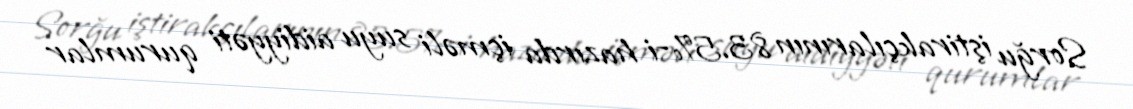
Sorğu iştirakçılarının 83.5%-i hazırda içməli suyu aidiyyəti qurumlar